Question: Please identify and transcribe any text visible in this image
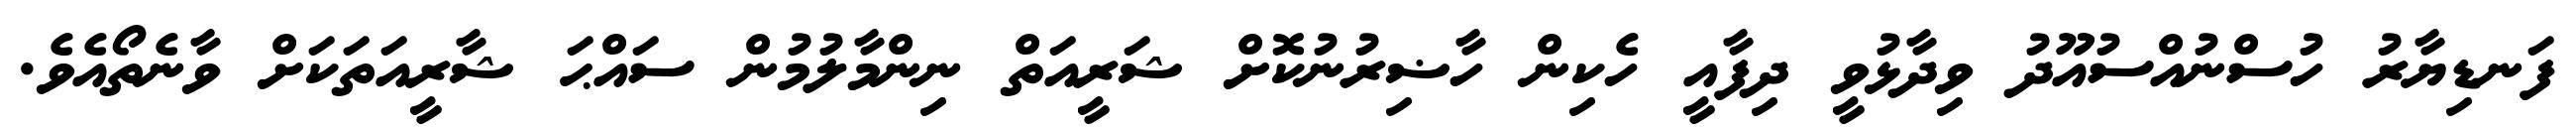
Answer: ފަނޑިޔާރު ހުސްނުއްސުއޫދު ވިދާޅުވީ ދިފާއީ ހެކިން ހާޟިރުނުކޮށް ޝަރީއަތް ނިންމާލުމުން ސައްޙަ ޝާރީއަތަކަށް ވާނެތޯއެވެ.